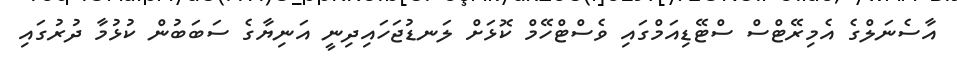
އާސެނަލްގެ އެމިރޭޓްސް ސްޓޭޑިއަމްގައި ވެސްޓްހޭމް ކޮޅަށް ލަނޑުޖަހައިދިނީ އަނިޔާގެ ސަބަބުން ކުޅުމާ ދުރުގައި